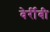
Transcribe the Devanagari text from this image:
वेर्रीबी